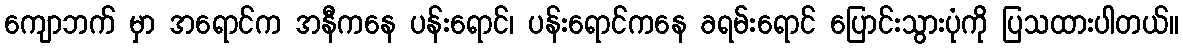
ကျောဘက် မှာ အရောင်က အနီကနေ ပန်းရောင်၊ ပန်းရောင်ကနေ ခရမ်းရောင် ပြောင်းသွားပုံကို ပြသထားပါတယ်။